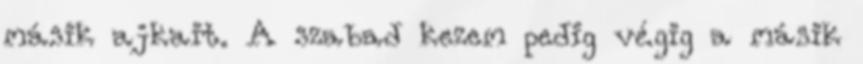
másik ajkait. A szabad kezem pedig végig a másik